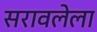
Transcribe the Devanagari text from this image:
सरावलेला